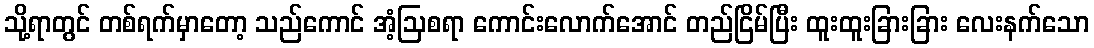
သို့ရာတွင် တစ်ရက်မှာတော့ သည်ကောင် အံ့ဩစရာ ကောင်းလောက်အောင် တည်ငြိမ်ပြီး ထူးထူးခြားခြား လေးနက်သော